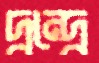
দ্বন্দ্বে